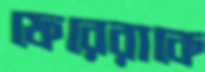
ফেরেরাকে